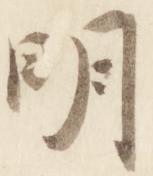
明